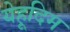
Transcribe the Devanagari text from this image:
येहूदिम